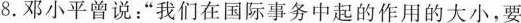
8.邓小平曾说：”我们在国际事务中起的作用的大小，要